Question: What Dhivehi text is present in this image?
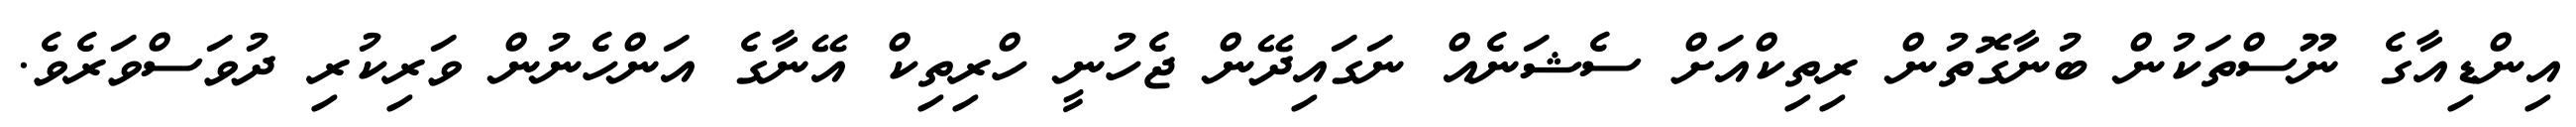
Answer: އިންޑިއާގެ ނޫސްތަކުން ބުނާގޮތުން ރިތިކްއަށް ސެޝަނެއް ނަގައިދޭން ޖެހުނީ ހްރިތިކް އޭނާގެ އަންހެނުން ވަރިކުރި ދުވަސްވަރެވެ.